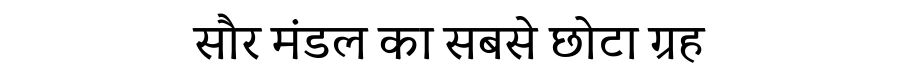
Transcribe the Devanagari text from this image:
सौर मंडल का सबसे छोटा ग्रह